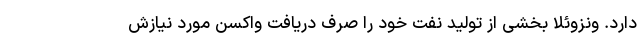
دارد. ونزوئلا بخشی از تولید نفت خود را صرف دریافت واکسن مورد نیازش